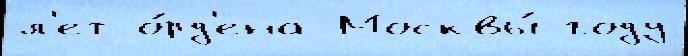
л'ет о́рд'ена Москвы́ году